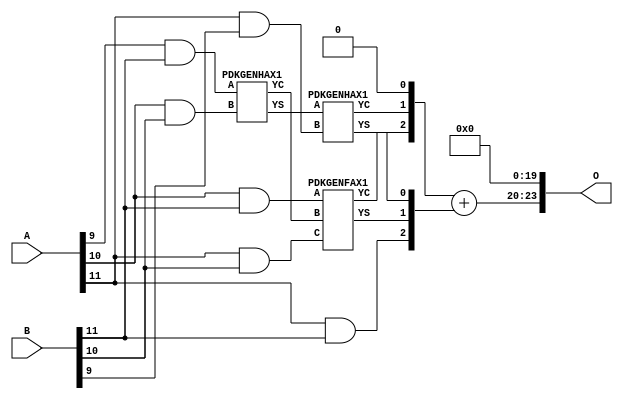
/***
* This code is a part of EvoApproxLib library (ehw.fit.vutbr.cz/approxlib) distributed under The MIT License.
* When used, please cite the following article(s): PRABAKARAN B. S., MRAZEK V., VASICEK Z., SEKANINA L., SHAFIQUE M. ApproxFPGAs: Embracing ASIC-based Approximate Arithmetic Components for FPGA-Based Systems. DAC 2020. 
***/
// MAE% = 7.80 %
// MAE = 1308672 
// WCE% = 31.20 %
// WCE = 5234689 
// WCRE% = 100.00 %
// EP% = 99.95 %
// MRE% = 53.70 %
// MSE = 24064.241e8 
// FPGA_POWER = 0.27
// FPGA_DELAY = 6.4
// FPGA_LUT = 4.0


module mul12u_2E5 ( A, B, O );
  input [11:0] A;
  input [11:0] B;
  output [23:0] O;

  wire C_10_10,C_11_10,C_11_9,S_10_10,S_10_11,S_11_10,S_11_11,S_11_9,S_12_10,S_12_11,S_12_8,S_12_9,S_9_11;

  assign S_9_11 = (A[9] & B[11]);
  PDKGENHAX1 U331525 (.A(S_9_11), .B((A[10] & B[10])), .YS(S_10_10), .YC(C_10_10));
  assign S_10_11 = (A[10] & B[11]);
  PDKGENHAX1 U331536 (.A(S_10_10), .B((A[11] & B[9])), .YS(S_11_9), .YC(C_11_9));
  PDKGENFAX1 U331537 (.A(S_10_11), .B(C_10_10), .C((A[11] & B[10])), .YS(S_11_10), .YC(C_11_10));
  assign S_11_11 = (A[11] & B[11]);
  assign {S_12_11, S_12_10, S_12_9, S_12_8} = {C_11_10, C_11_9, 1'b0} + {S_11_11, S_11_10, S_11_9};
  assign O = {S_12_11,S_12_10,S_12_9,S_12_8,1'b0,1'b0,1'b0,1'b0,1'b0,1'b0,1'b0,1'b0,1'b0,1'b0,1'b0,1'b0,1'b0,1'b0,1'b0,1'b0,1'b0,1'b0,1'b0,1'b0};

endmodule

/* mod */
module PDKGENHAX1( input A, input B, output YS, output YC );
    assign YS = A ^ B;
    assign YC = A & B;
endmodule
/* mod */
module PDKGENFAX1( input A, input B, input C, output YS, output YC );
    assign YS = (A ^ B) ^ C;
    assign YC = (A & B) | (B & C) | (A & C);
endmodule